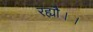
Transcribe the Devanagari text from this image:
रह्यौ।।